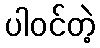
ပါဝင်တဲ့